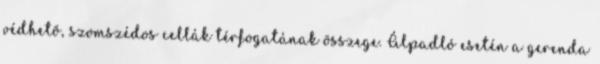
védhetõ, szomszédos cellák térfogatának összege. Álpadló esetén a gerenda